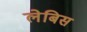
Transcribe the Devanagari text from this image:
लेबिस